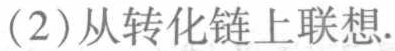
(2)从转化链上联想.